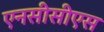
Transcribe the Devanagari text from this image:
एनसीसीएस